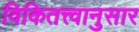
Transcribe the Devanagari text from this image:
विकितत्त्वानुसार